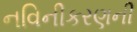
નવિનીકરણની